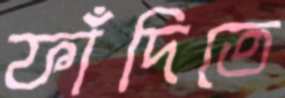
ফাঁদিতে